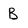
Character: B